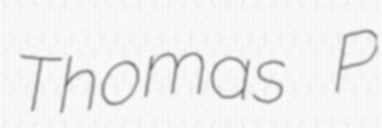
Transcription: Thomas P